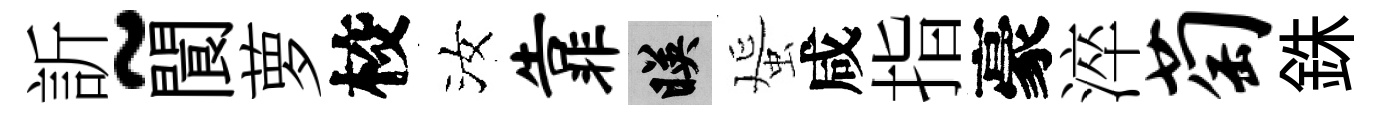
訢~閬萝校汝靠映蜑咸指豪淬萄銖